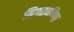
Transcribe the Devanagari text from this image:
निगळवनिक्कु